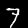
Label: 7